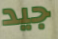
جيد